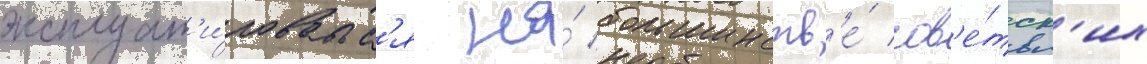
эксплуат'и́роватьс'я на́ большинств'е́ сов'е́тск'их